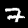
Digit: 7